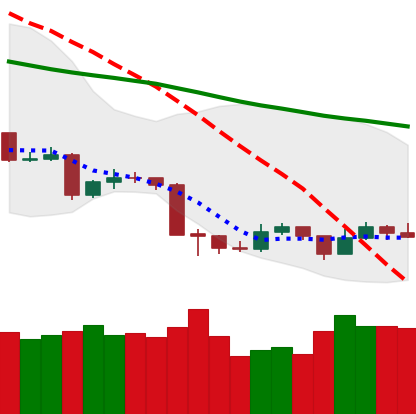
Ticker: TRX-USD
Chart end date: 2019-08-25
Forward return: -11.163%
Label: down_7plus